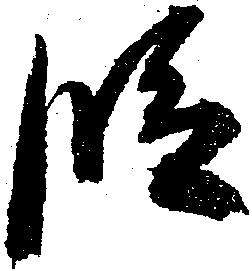
段